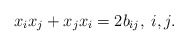
\begin{align*}x_{i} x_{j} +x_{j} x_{i} = 2b_{i j}, {}\; i,j.\end{align*}